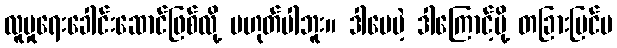
လူမှုရေးခေါင်းဆောင်ဖြစ်လို့ မဟုတ်ပါဘူး။ ဒါပေမဲ့ ဒါကြောင့်မို့ တခြားပြင်ပ